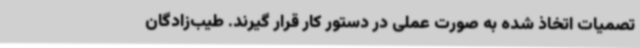
تصمیات اتخاذ شده به صورت عملی در دستور کار قرار گیرند. طیب‌زادگان